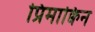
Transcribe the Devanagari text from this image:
प्रिमाक्विन